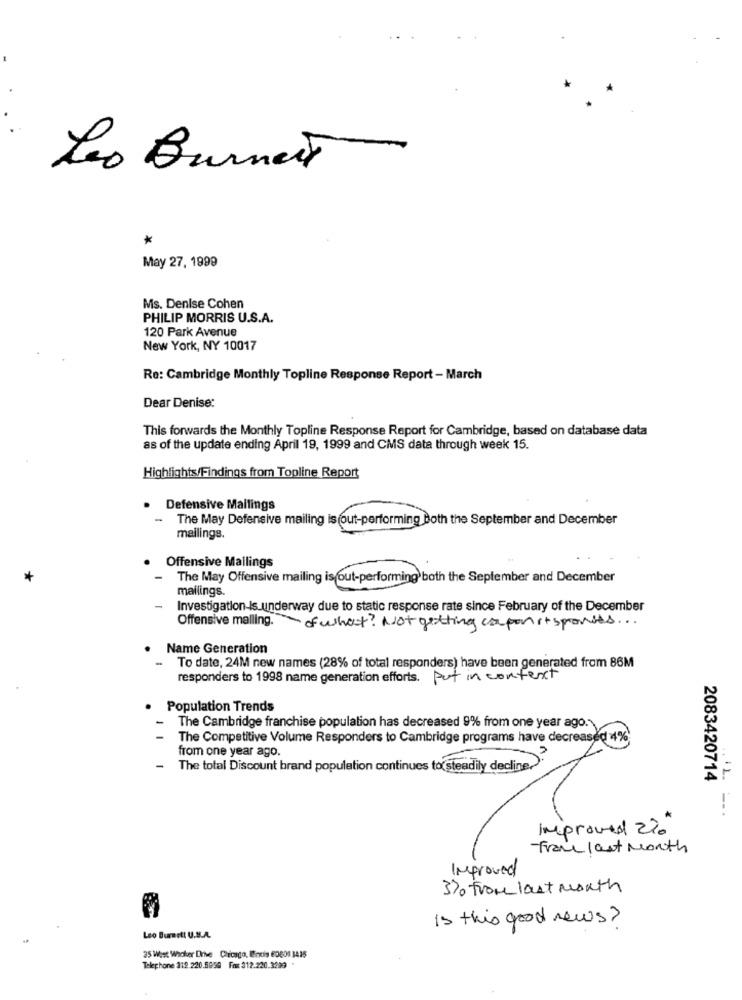
Leo Burnett
*
May 27, 1999
Ms. Denise Cohen
PHILIP MORRIS U.S.A.
120 Park Avenue
New York, NY 10017
Re: Cambridge Monthly Topline Response Report - March
Dear Denise:
This forwards the Monthly Topline Response Report for Cambridge, based on database data
as of the update ending April 19, 1999 and CMS data through week 15.
Highlights/Findings from Topline Report
Defensive Mallings
-
The May Defensive mailing is out-performing Both the September and December
mailings.
Offensive Mallings
+
The May Offensive mailing is out-performing both the September and December
mailings.
-
Investigation-Is underway due to static response rate since February of the December
Offensive malling.
of what? Not getting capanst sports ...
Name Generation
To date, 24M new names (28% of total responders) have been generated from 86M
responders to 1998 name generation efforts. Put in content
Population Trends
The Cambridge franchise population has decreased 9% from one year ago.
The Competitive Volume Responders to Cambridge programs have decreased 4%
from one year ago.
-
The total Discount brand population continues to steadily decline.
2083420714
--.
improved 2%.
From last Month
Improved
3)o from last month
is this good news?
Leo Burnett U.B.A.
35 West Whoker Drie Chicago, Indis 60801 1415
Telephone 319.220.5950 Font 312.220.3289 .